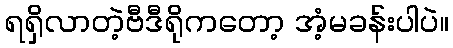
ရရှိလာတဲ့ဗီဒီရိုကတော့ အံ့မခန်းပါပဲ။